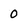
Character: 0